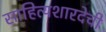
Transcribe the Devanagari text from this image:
साहित्यशारदेची